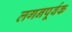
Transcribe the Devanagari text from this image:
लगनपूर्वक